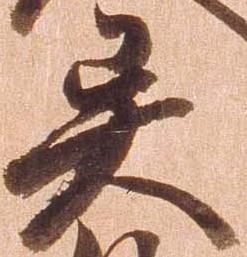
異